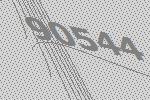
90544